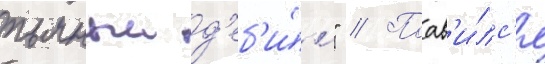
пьяныи д'еб'и́л" // Поав'и́лс'я